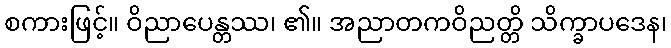
စကားဖြင့်။ ဝိညာပေန္တဿ၊ ၏။ အညာတကဝိညတ္တိ သိက္ခာပဒေန၊